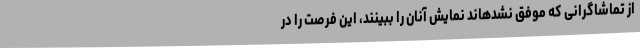
از تماشاگرانی که موفق نشدهاند نمایش آنان را ببینند، این فرصت را در